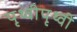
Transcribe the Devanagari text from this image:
पृथ्वीपृथ्वी